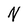
Character: N